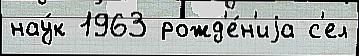
нау́к 1963 рожд'е́н'иjа с'ел